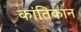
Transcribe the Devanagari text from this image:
कांतिकान